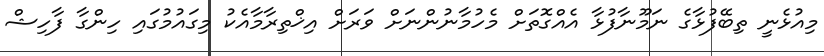
މިއުޅެނީ ތިބޭފުޅާގެ ނަމޫނާފުޅާ އެއްގޮތަށް މެހުމާނުންނަށް ވަރަށް އިޚްތިރާމާއެކު މިގައުމުގައި ހިންގާ ފާހިޝް